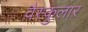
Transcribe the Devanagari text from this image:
वैस्कुलार